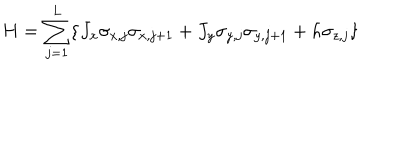
LaTeX: H = \sum _ { j = 1 } ^ { L } \{ J _ { x } \sigma _ { x , j } \sigma _ { x , j + 1 } + J _ { y } \sigma _ { y , j } \sigma _ { y , j + 1 } + h \sigma _ { z , j } \} \, \nonumber